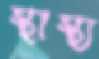
স্থাস্থ্য